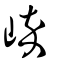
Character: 崪